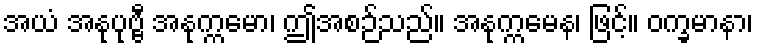
အယံ အနုပုဗ္ဗီ အနုက္ကမော၊ ဤအစဉ်သည်။ အနုက္ကမေန၊ ဖြင့်။ ဝက္ခမာနာ၊